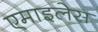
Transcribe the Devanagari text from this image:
एमाइलेस